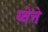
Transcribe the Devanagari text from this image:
य्वेत्ते